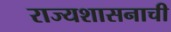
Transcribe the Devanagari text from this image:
राज्यशासनाची